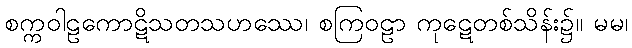
စက္ကဝါဠကောဋိသတသဟဿေ၊ စကြဝဠာ ကုဋေတစ်သိန်း၌။ မမ၊